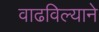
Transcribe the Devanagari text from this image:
वाढविल्याने